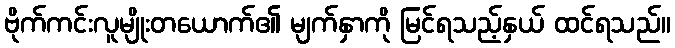
ဗိုက်ကင်းလူမျိုးတယောက်၏ မျက်နှာကို မြင်ရသည့်နှယ် ထင်ရသည်။